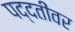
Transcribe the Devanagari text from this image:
पद्दतींवर